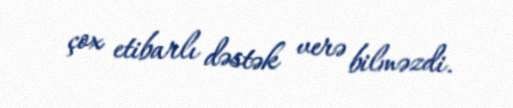
çox etibarlı dəstək verə bilməzdi.